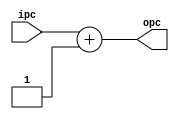
`timescale 1ns / 1ps
//////////////////////////////////////////////////////////////////////////////////
// Company: 
// Engineer: 
// 
// Design Name: 
// Module Name:    single_pc_plus4 
// Project Name: 
// Target Devices: 
// Tool versions: 
// Description: 
//
// Dependencies: 
//
// Revision: 
// Revision 0.01 - File Created
// Additional Comments: 
//
//////////////////////////////////////////////////////////////////////////////////
module single_pc_plus4(ipc,opc);
 	 input [8:0] ipc;
 	 output [8:0] opc;
  
 	 assign opc[8:0] = ipc[8:0] + 1;
endmodule